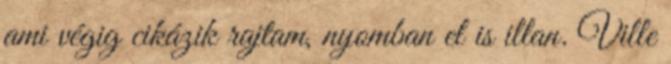
ami végig cikázik rajtam, nyomban el is illan. Ville